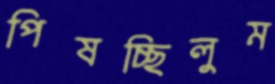
পিষচ্ছিলুম